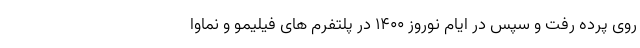
روی پرده رفت و سپس در ایام نوروز ۱۴۰۰ در پلتفرم های فیلیمو و نماوا